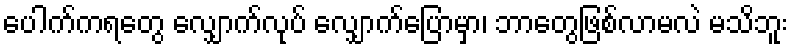
ပေါက်ကရတွေ လျှောက်လုပ် လျှောက်ပြောမှာ၊ ဘာတွေဖြစ်လာမလဲ မသိဘူး